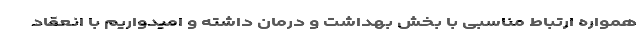
همواره ارتباط مناسبی با بخش بهداشت و درمان داشته و امیدواریم با انعقاد